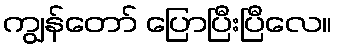
ကျွန်တော် ပြောပြီးပြီလေ။